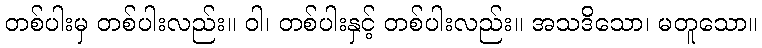
တစ်ပါးမှ တစ်ပါးလည်း။ ဝါ၊ တစ်ပါးနှင့် တစ်ပါးလည်း။ အသဒိသော၊ မတူသော။